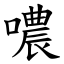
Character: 噥